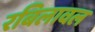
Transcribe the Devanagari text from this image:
रबिलावल